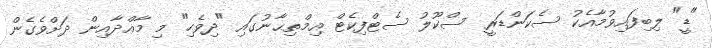
"ޑީ" ލިބިފައިވުމާއެކު ސެކަންޑަރީ ސްކޫލު ސެޓްފިކެޓް އިމްތިޙާނުގައި "ދިވެހި" މި މާއްދާއިން ދަށްވެގެން